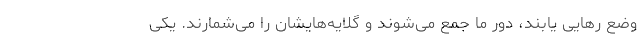
وضع رهایی یابند، دور ما جمع می‌شوند و گلایه‌هایشان را می‌شمارند. یکی